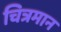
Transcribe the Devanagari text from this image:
चित्रमान